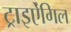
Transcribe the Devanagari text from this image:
ट्राइऐंगिल